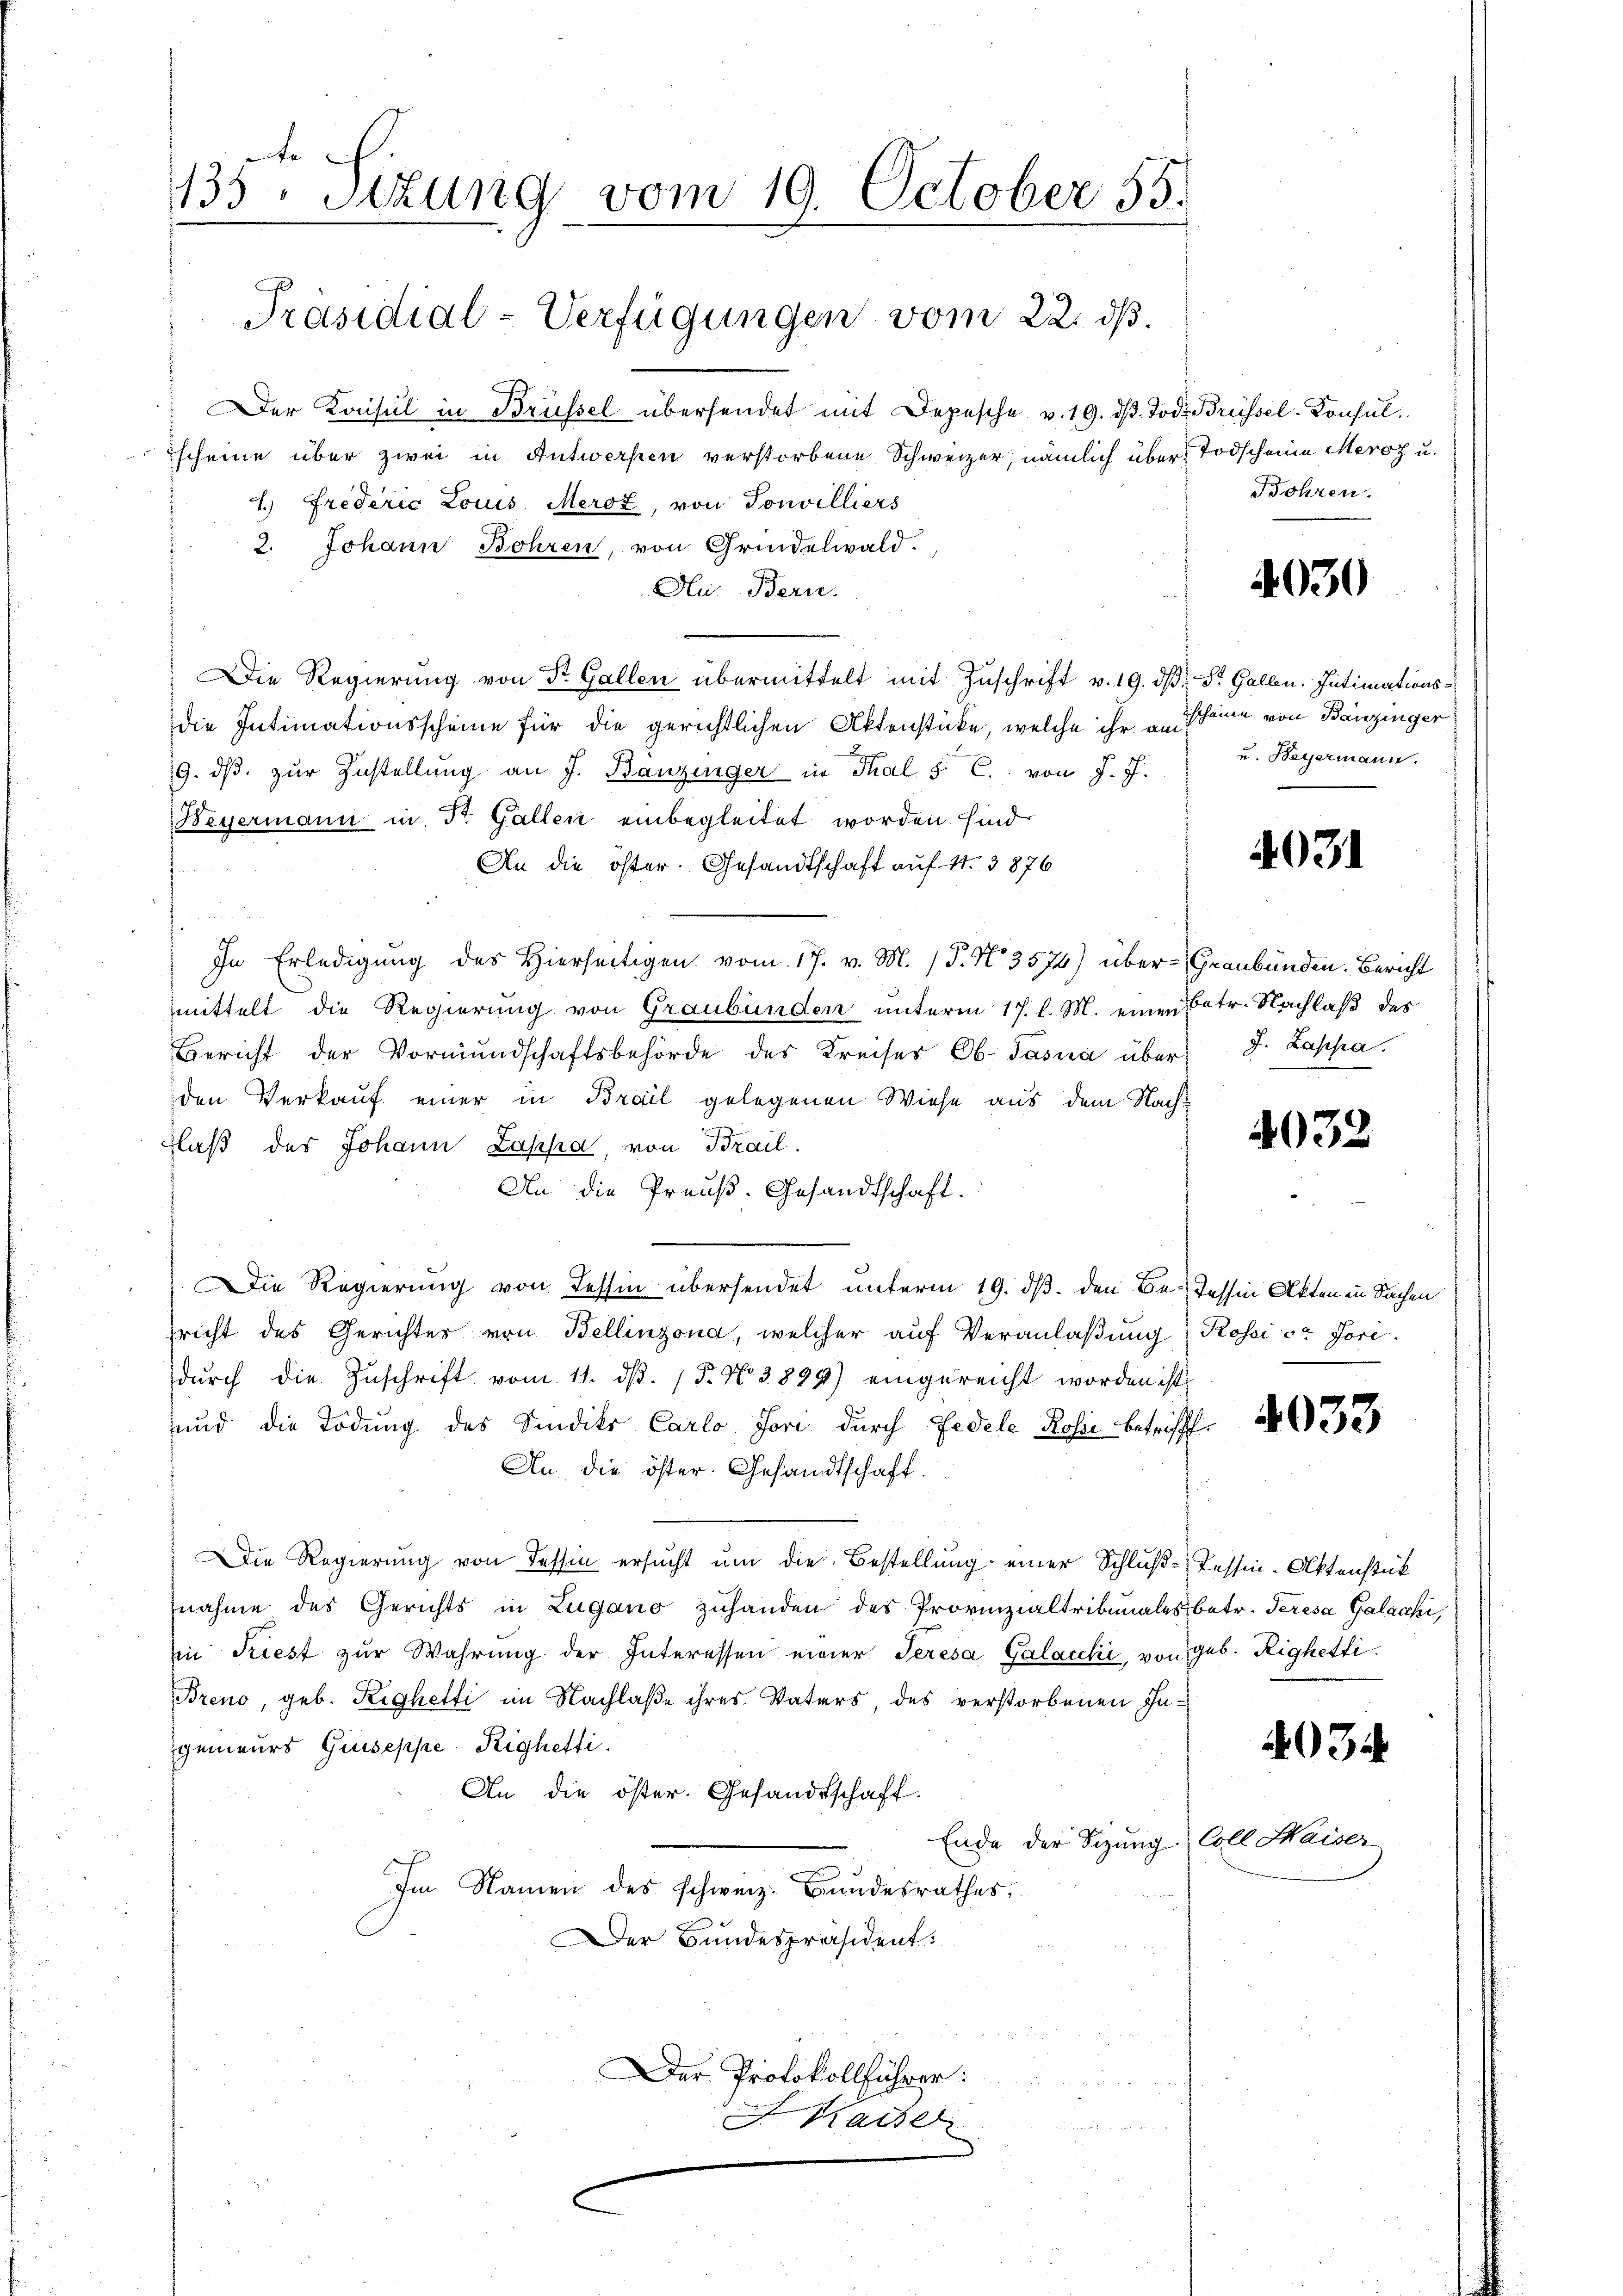
te
135. Sizung vom 19. October 55.
Präsidial-Verfügungen vom 22. ds.

1.) Frederić Louis Meroz, von Tonvilliers
2. Johann Bohren, von Grindelwald.

Der Konsul in Brüssel übersendet mit Depesche v. 19. dβ. Tod. Brüssel-Konsul,
Zscheine über zwei in Antwerfen verstorbene Schweizer, nämlich über Todscheine Merz u.
Ai Bern.
Die Regierung von St. Gallen übermittelt mit Zuschrift v. 19. dβ, St. Gallen. Intimationsdie Intimationsscheine für die gerichtlichen Aktenstücke, welche ihr am
19. dβ zŭr Zustellŭng an J. Banzinger in Thal 5. C. von J. J. u. Beyermann.
Beyermann in Dr. Gallen einbegleitet worden sind.
An die öster. Gesandtschaft auf 4. 3876
s
In Erledigung des Hierseitigen vom 17. v. M. (T. No 3574) über - Graubünden. Bericht
mittelt die Regierung von Graubünden unterm 17. l. M. einen Betr. Nachlaß des
Bericht der Vormundschaftsbehörde des Kreiser Ob- Jasna über J. Lappa
den Verkauf einer in Brail gelegenen Wiese aus dem Nach-
Flaß des Johann Lappa, von Brail.
An die Preuß. Gesandtschaft.
Die Regierung von Tessin übersendet unterm 19. ds. den Be- Tessin Akten in Sachen
sricht des Gerichtes von Bellinzona, welcher auf Veranlaßung Rossi ce Jori-
durch die Zuschrift vom 11. d. 15. No 3899) eingereicht worden ist,
und die Todung des Sindiko Carlo Jori durch Fedele Rosi betrifft,
An die öster. Gesandtschaft.
Die Regierung von dessin ersucht um die Bestellung einer Schluß-Tessin-Aktenstück
nahme des Gerichts in Lugano zuhanden des Provinzialtribunales betr. Teresa Galacki,
in Triest zŭr Wahrŭng der Interessen einer Teresa Galacchi, von geb. Righetti.
Breno, geb. Righetti im Nachlaße ihres Vaters, des verstorbenen Ingenieurs Giuseppe Righetti.
An die öster. Gesandtschaft.
Ende der Sitzung Coll
Im Namen des schweiz. Bundesrathes,
Der Bundespräsident:
Der Protokollführer:
Kaiser

Bohren.

4030

Escheine von Bauzinger

4031

4032

4033

4034

Kaiser